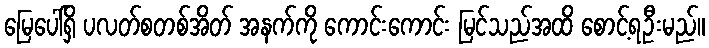
မြေပေါ်ရှိ ပလတ်စတစ်အိတ် အနက်ကို ကောင်းကောင်း မြင်သည်အထိ စောင့်ရဦးမည်။